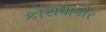
કોરાધાકોર